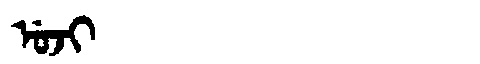
Manchu: ᡠᠵᡳ
Romanization: UJI